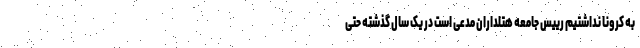
به کرونا نداشتیم رییس جامعه هتلداران مدعی است در یک سال گذشته حتی